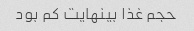
حجم غذا بینهایت کم بود